DOW-UAP-D3, Mission Report, Arabian Gulf, 2020
Agency: Department of War
Page 1
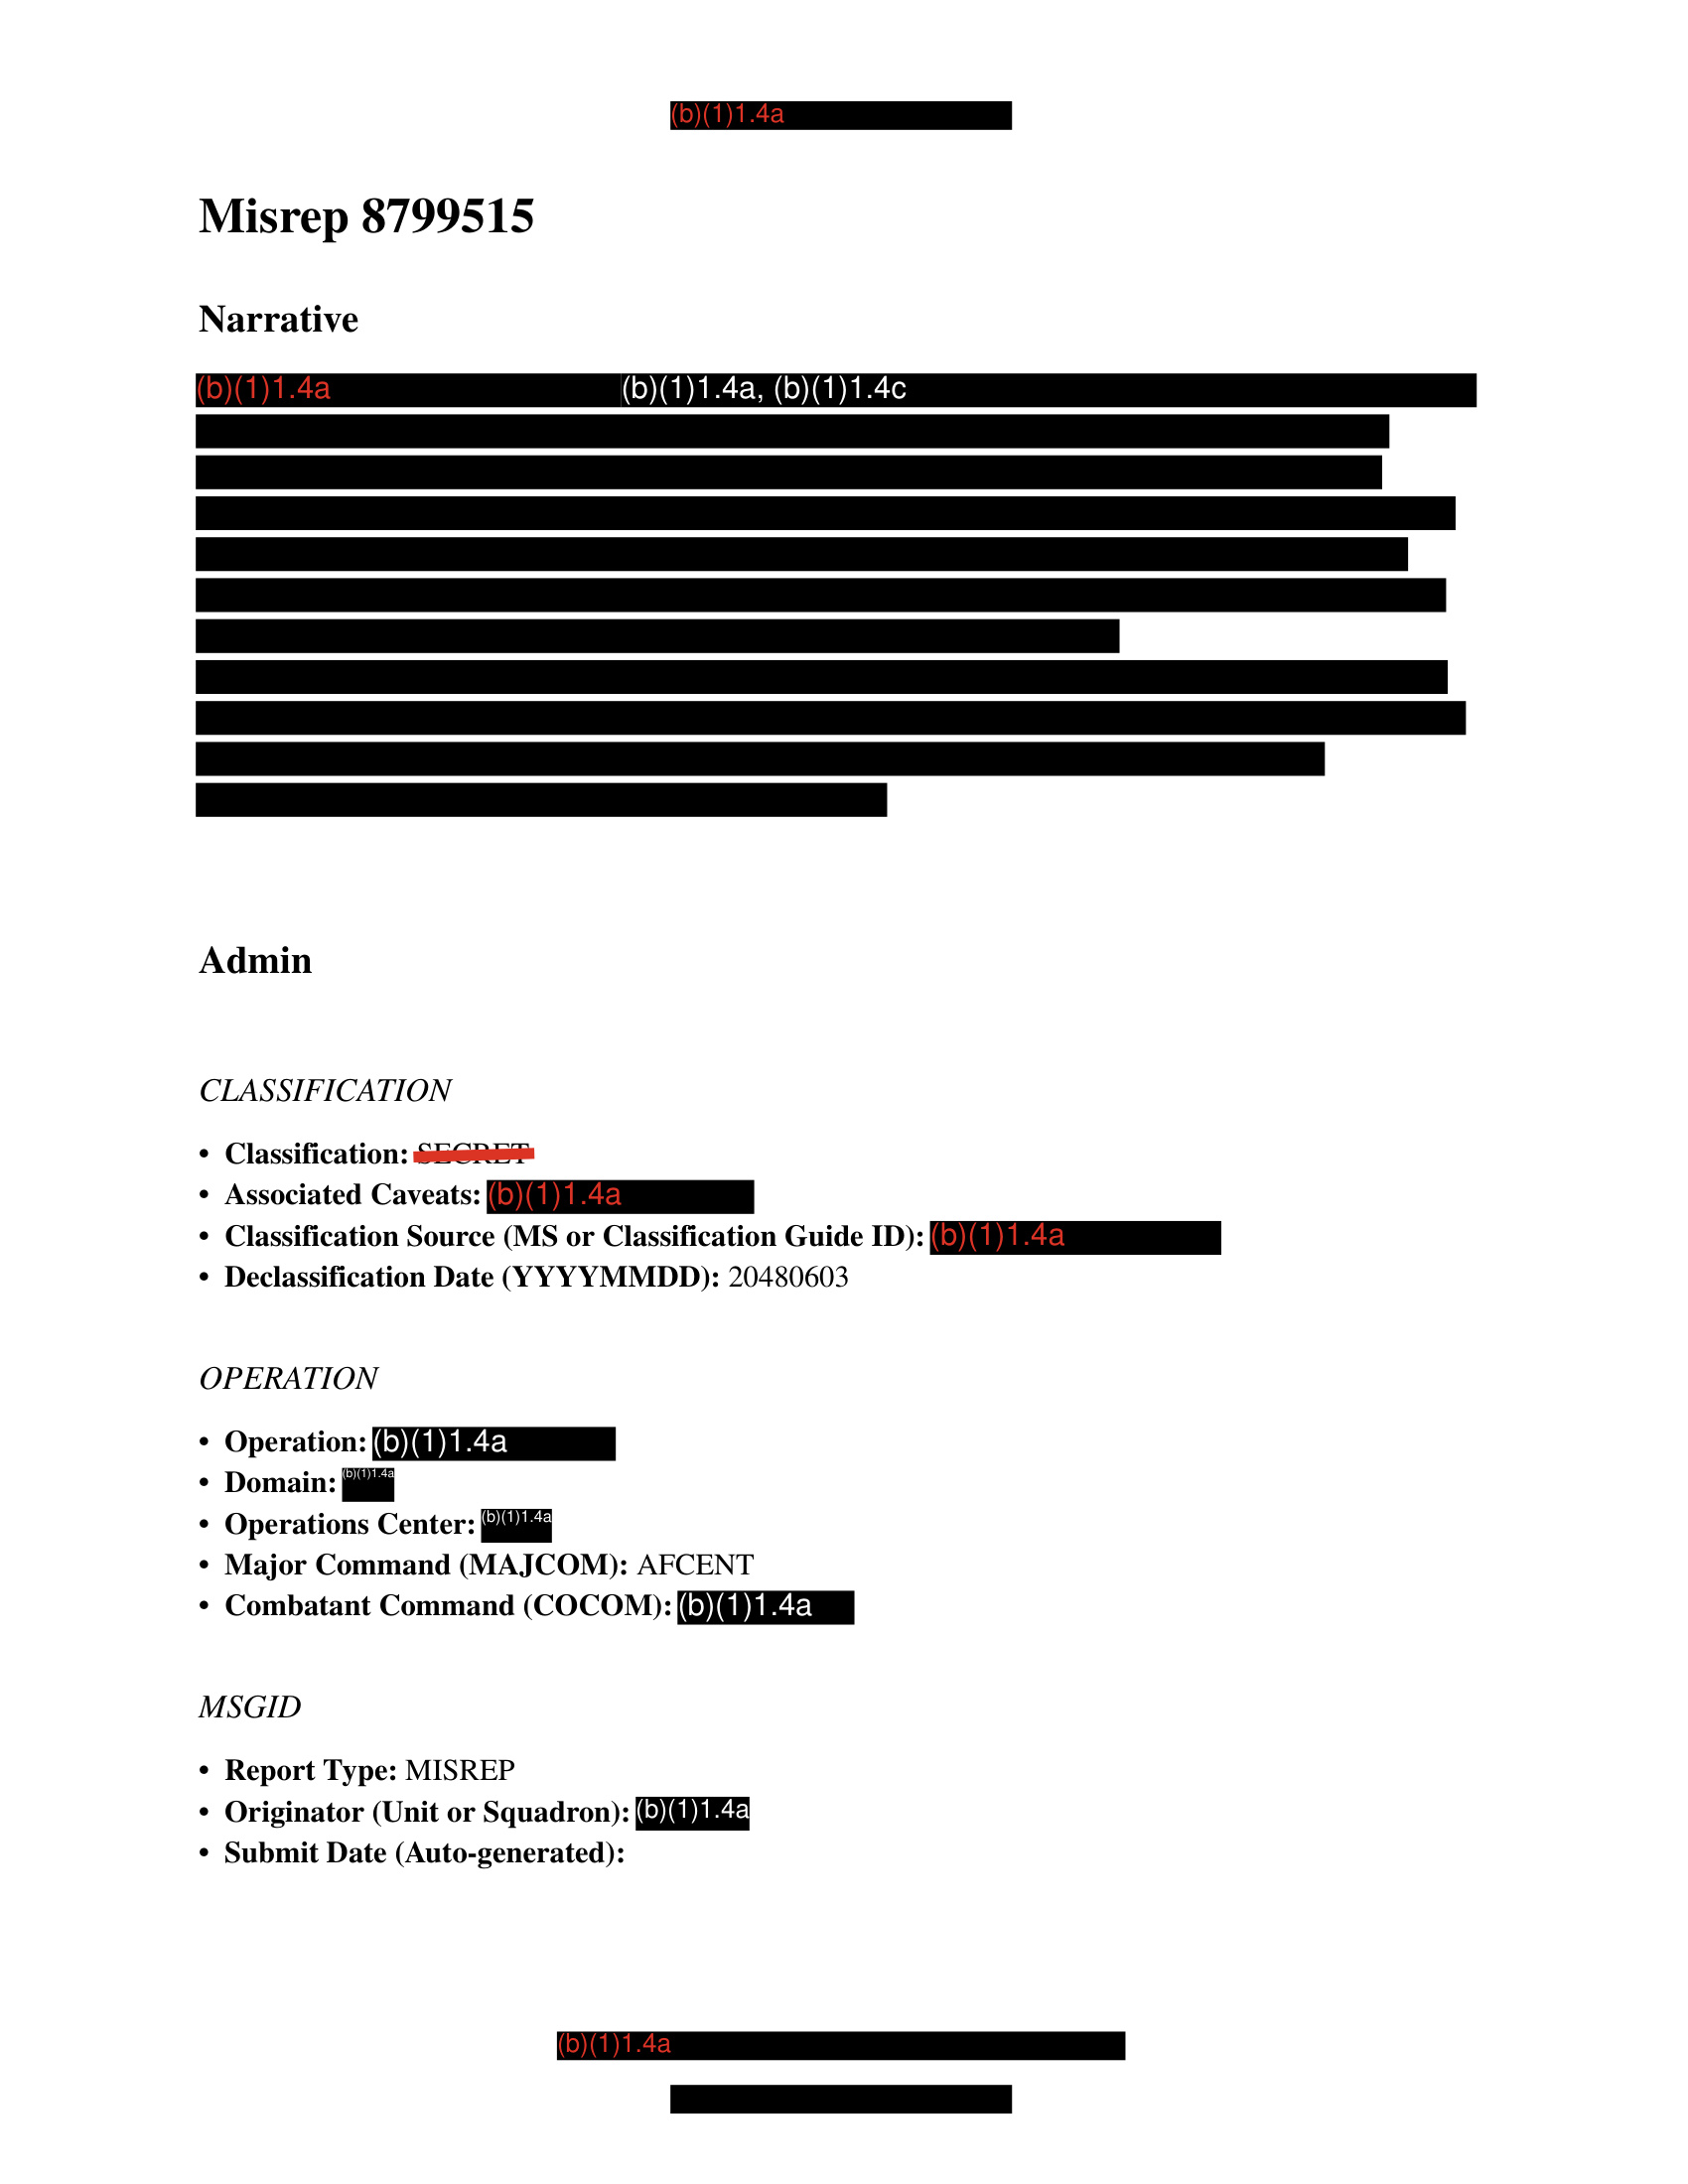